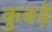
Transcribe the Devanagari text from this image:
कुबड़े